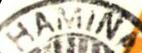
HAMINA